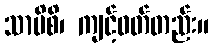
သာမိစိ၊ ကျင့်ဝတ်တည်း။